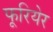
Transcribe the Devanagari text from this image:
फूरियेर